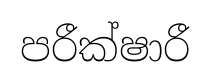
පරීක්ෂාරී